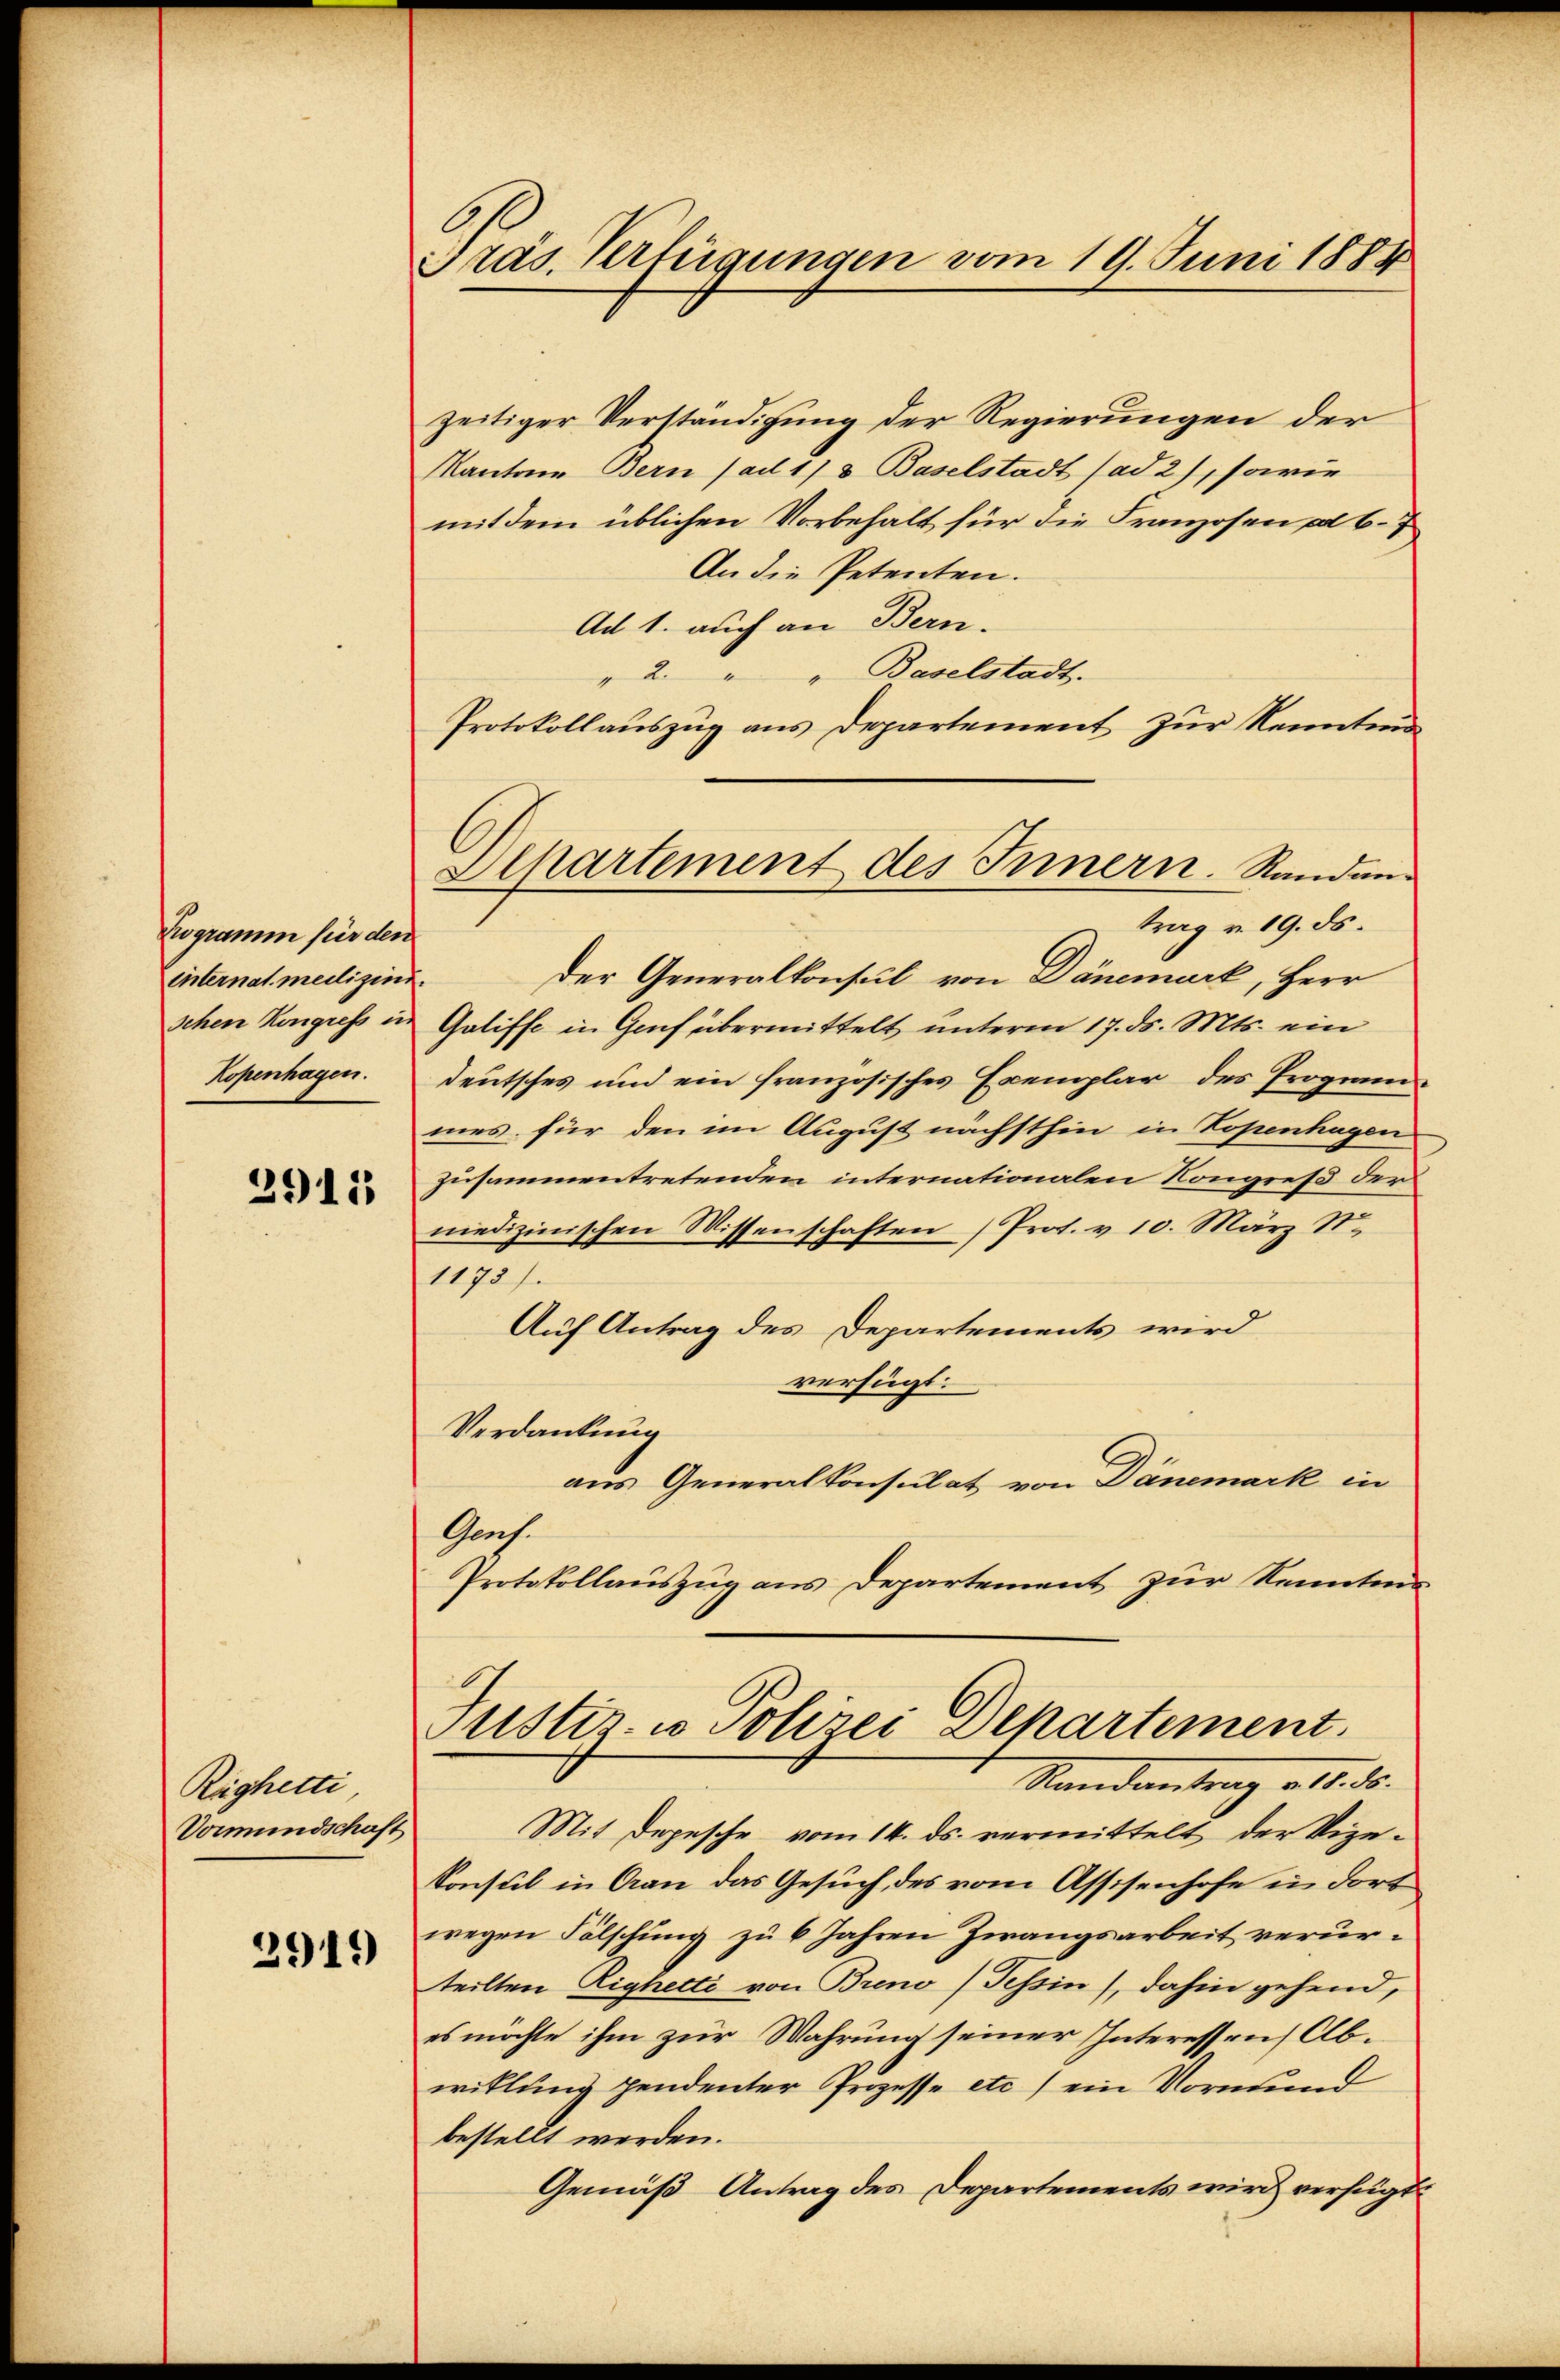
Kogramm für den
internat. medizini.
schen Kongress in
Kopenhagen.

2911

Righetti
Vormundschaft

2919

Präs. Verfügungen vom 19. Juni 1884

zeitiger Verständigung der Regierungen der
Kantone Bern (ad 11 v. Baselstadt (ad 2), sowie
mit dem üblichen Vorbehalt für die Franzosen ad 6. 7
An die Petenten.
Ad 1. auch an Bern.
" 2 " " Baselstadt.
Protokollaŭszŭg ans Departement zŭr Kenntn
trag v. 19. ds.
Der Generalkonsul von Dänemark, Herr
Galiffe in Genf übermittelt unterm 17. ds. Mts. ein
deutsches und ein französisches Exemplar des Program
mes für den im August nächsthin in Kopenhagen
zusammentretenden internationalen Kongreß der
medizinischen Wissenschaften (Prot. v. 10. März S.
1173).
Auf Antrag des Departements wird
verfügt:
Verdankung
aus Generalkonsulat von Dänemark in
Graf.
Protokollauszug aus Departement zur Kennten
Justiz- u Polizei Departement.
Randantrag v. 2. d.
Mit Depesche vom 14. ds. vermittelt der Vize-
Konsul in Aran das Gesuch, des vom Assisenhofe in dort
wegen Fälschung zu 6 Jahren Zwangsarbeit verurteilten Righetti von Breno) Tessin, dahin gehend,
es möchte ihm zur Wahrung seiner Interessen Abwitlung pendenter Prozesse etc.) ein Vormund
bestellt werden.
Gemäß Antrag des Departements wird verfügt:

Apartement des Innern. Randan¬